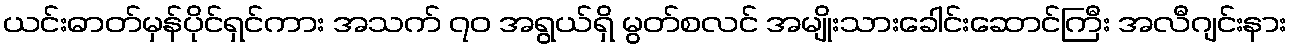
ယင်းဓာတ်မှန်ပိုင်ရှင်ကား အသက် ၇၀ အရွယ်ရှိ မွတ်စလင် အမျိုးသားခေါင်းဆောင်ကြီး အလီဂျင်းနား